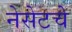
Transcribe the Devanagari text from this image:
नेसेटचे